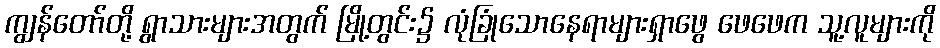
ကျွန်တော်တို့ ရွာသားများအတွက် မြို့တွင်း၌ လုံခြုံသောနေရာများရှာဖွေ ဖေဖေက သူ့လူများကို